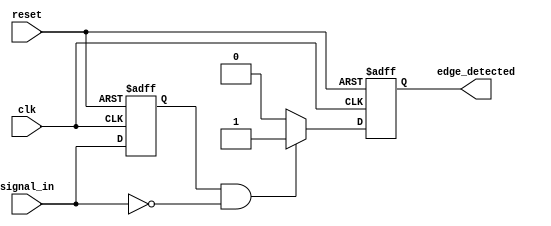
module negative_edge_detector (
    input wire clk,               // Clock signal
    input wire reset,             // Asynchronous reset signal
    input wire signal_in,         // Input signal for edge detection
    output reg edge_detected      // Output signal indicating edge detection
);

// Register to store the previous state of the signal
reg signal_in_prev;

// Edge detection logic
always @(posedge clk or posedge reset) begin
    if (reset) begin
        // Reset output and previous signal state
        edge_detected <= 0;
        signal_in_prev <= 0;
    end else begin
        // Update previous signal state
        signal_in_prev <= signal_in;

        // Edge detection: check for falling edge
        if (signal_in_prev == 1'b1 && signal_in == 1'b0) begin
            edge_detected <= 1'b1; // Set edge_detected high for one clock cycle
        end else begin
            edge_detected <= 1'b0; // Clear edge_detected otherwise
        end
    end
end

endmodule